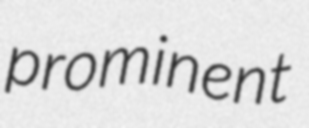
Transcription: prominent